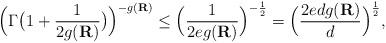
LaTeX: \begin{align*}\Big(\Gamma \big(1 + \frac{1}{2g({\bf R})}\big)\Big)^{-g({\bf R})}\leq \Big (\frac{1}{2eg({\bf R})}\Big)^{-\frac{1}{2}}=\Big(\frac{2edg({\bf R})}{d}\Big)^{\frac{1}{2}},\end{align*}